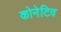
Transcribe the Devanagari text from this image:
कोनेटिव